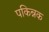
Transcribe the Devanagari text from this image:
पकिन्नक